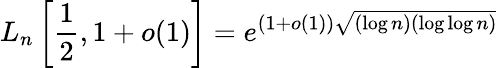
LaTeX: L_{n}\left[{\frac{1}{2}},1+o(1)\right]=e^{(1+o(1)){\sqrt{(\log n)(\log\log n)}}}